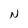
Character: N